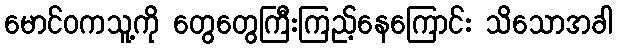
မောင်ဝကသူ့ကို တွေတွေကြီးကြည့်နေကြောင်း သိသောအခါ